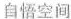
自悟空间